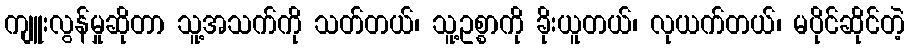
ကျူးလွန်မှုဆိုတာ သူ့အသက်ကို သတ်တယ်၊ သူ့ဥစ္စာကို ခိုးယူတယ်၊ လုယက်တယ်၊ မပိုင်ဆိုင်တဲ့